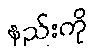
နည်းကို